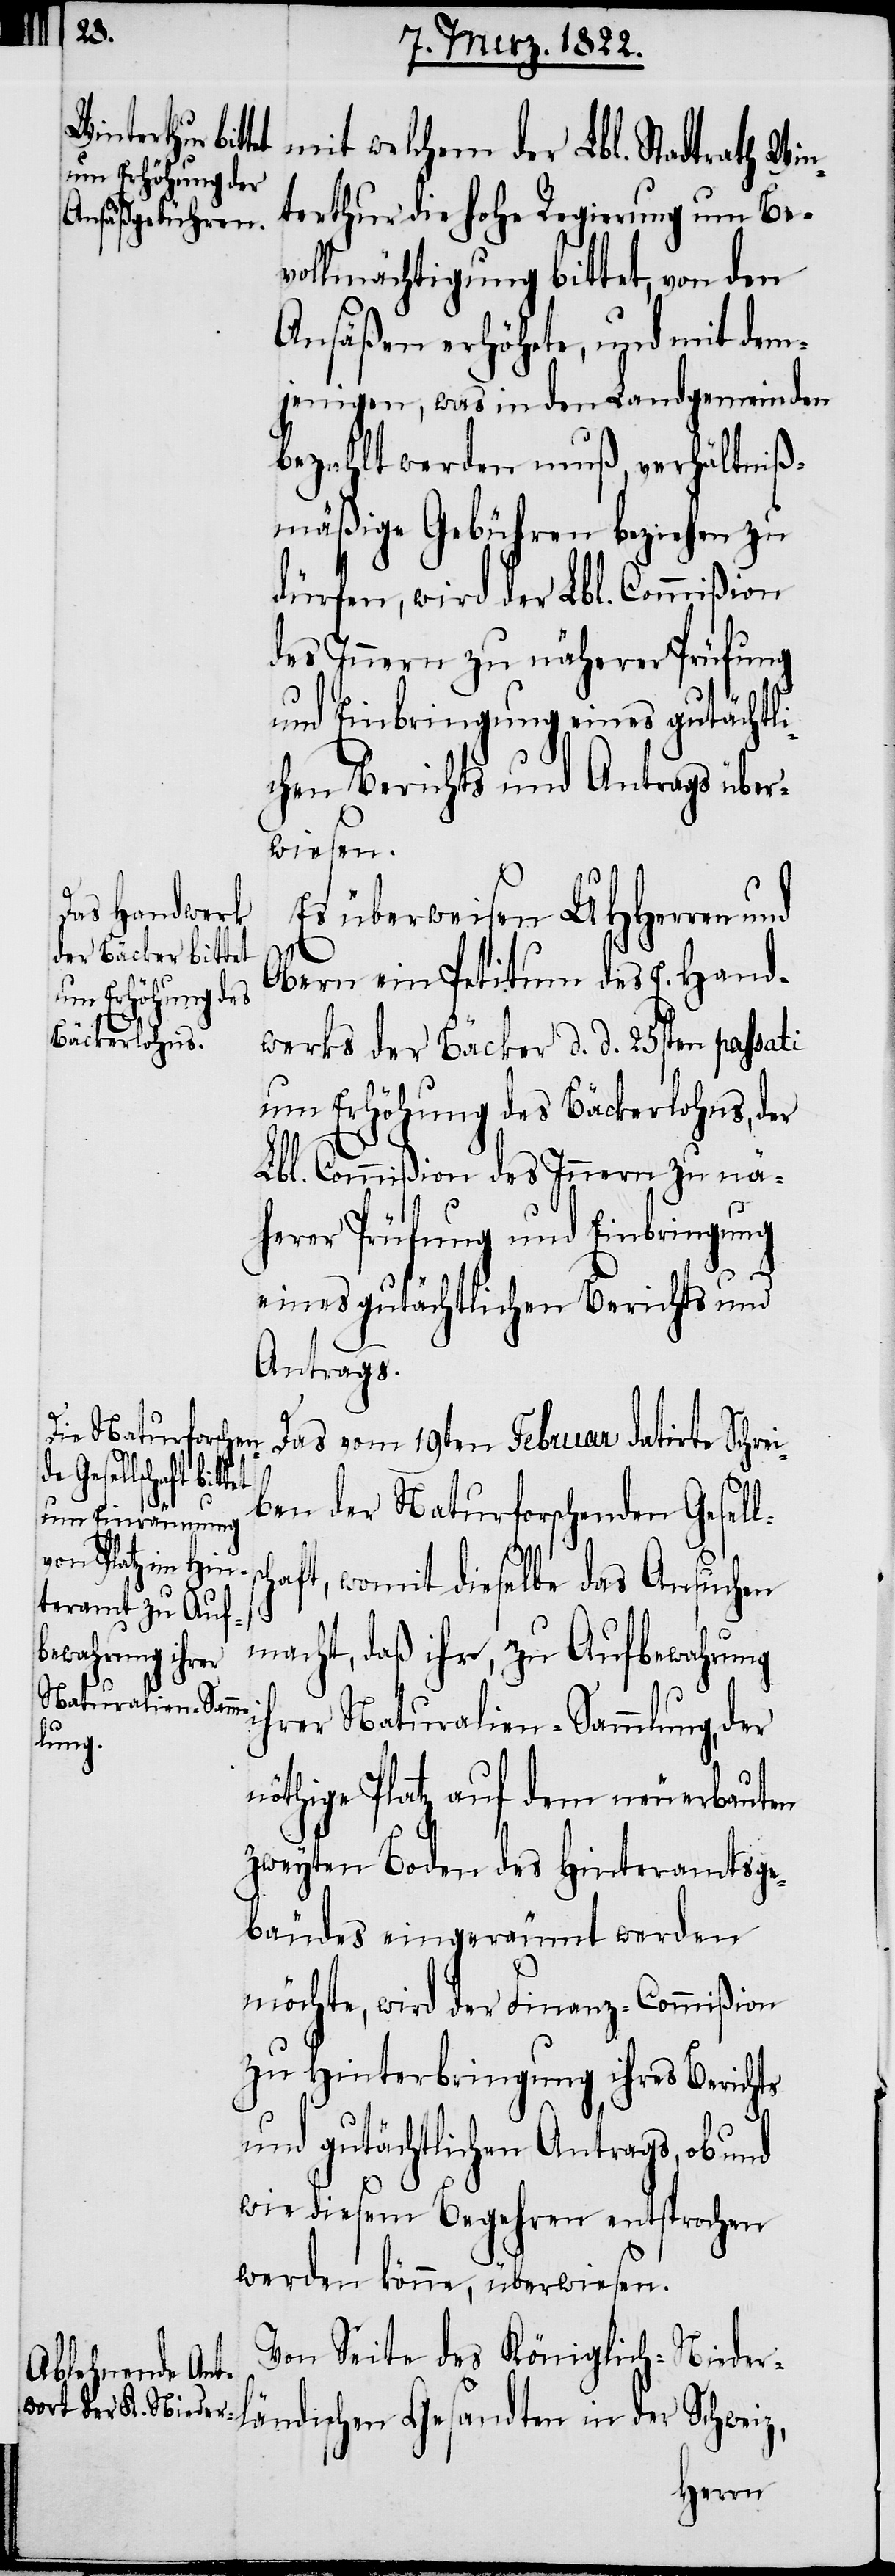
mit welchem der Lbl. Stadtrath Win¬
terthur die hohe Regierung um Be¬
vollmächtigung bittet, von den
Ansäßen erhöhete, und mit dem¬
jenigen, was in den Landgemeinden
bezahlt werden muß, verhältniß¬
mäßige Gebühren beziehen zu
dürfen, wird der Lbl. Commißion
des Innern zu näherer Prüfung
und Einbringung eines gutächtl¬
ichen Berichts und Antrags über¬
wiesen.
Es überweisen UHHerrn und
Obern ein Petitum des E. Hand¬
sandten in der
werks der Bäcker d. d. 25sten passati
um Erhöhung des Bäckerlohns, der
Lbl. Commißion des Innern zu nä¬
herer Prüfung und Einbringung
eines gutächtlichen Berichts und
Antrags.
Das vom 19ten Februar datirte Schrei¬
ben der Naturforschenden Gesell¬
haft, womit dieselbe das Ansuchen
sc¬
macht, daß ihr, zu Aufbewahrung
ihrer Naturalien-Sammlung, der
nöthige Platz auf dem neu erbauten
zweyten Boden des Hinteramtsge¬
bäudes eingeräumt werden
möchte, wird der Finanz-Commißion
zu Hinterbringung ihres Berichts
und gutächtlichen Antrags, ob und
wie diesem Begehren entsprochen
werden könne, überwiesen.
Von Seite des Königlich-Nieder¬